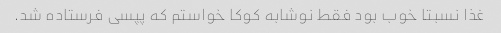
غذا نسبتا خوب بود فقط نوشابه کوکا خواستم که پپسی فرستاده شد.